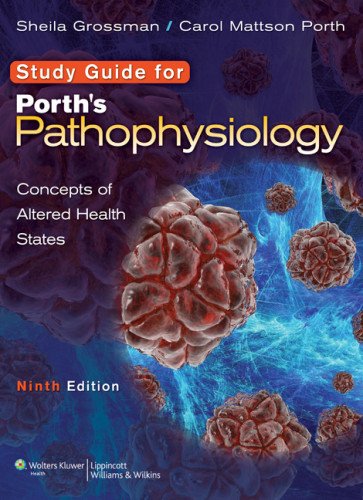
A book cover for Study Guide to accompany Porth's Pathophysiology: Concepts of Altered Health States; Sheila Grossman; Medical Books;